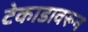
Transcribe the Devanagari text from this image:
टेकाडावरून